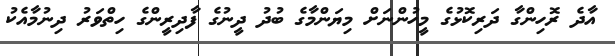
އާދެ ރޮހިންގާ ދަރިކޮޅުގެ މީހުންނަށް މިޔަންމާގެ ބުދު ދީނުގެ ފާދިރީންގެ ހިތްވަރު ދިނުމާއެކު